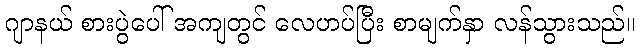
ဂျာနယ် စားပွဲပေါ် အကျတွင် လေဟပ်ပြီး စာမျက်နှာ လန်သွားသည်။